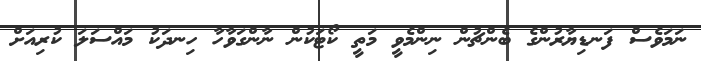
ނަމަވެސް ފަނޑިޔާރުންގެ ބެންޗުން ނިންމެވީ މަތީ ކޯޓަކުން ނާންގަވާހާ ހިނދަކު މައްސަލަ ކުރިއަށް